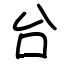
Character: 台